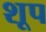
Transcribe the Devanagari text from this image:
शूप